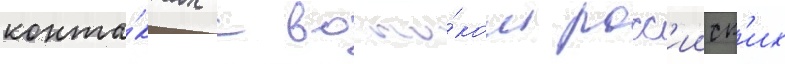
конта́ктах с восто́ком росс'ииск'их